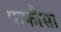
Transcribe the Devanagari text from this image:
फफौसा